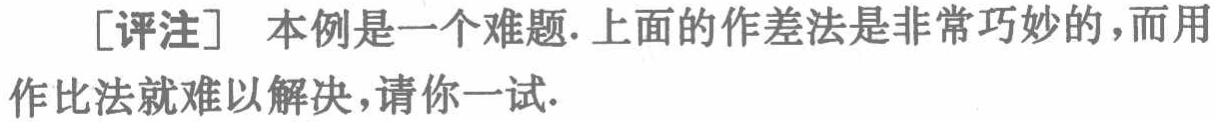
[评注] 本例是一个难题. 上面的作差法是非常巧妙的，而用

作比法就难以解决，请你一试.